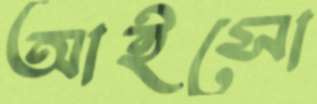
আইসো